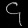
Digit: ၄